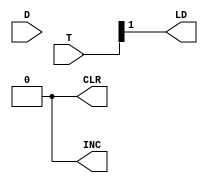
`timescale 1ns / 1ps
//////////////////////////////////////////////////////////////////////////////////
// Company: 
// Engineer: 
// 
// Design Name: 
// Module Name: IR_ARCH
// Project Name: 
// Target Devices: 
// Tool Versions: 
// Description: 
// 
// Dependencies: 
// 
// Revision:
// Revision 0.01 - File Created
// Additional Comments:
// 
//////////////////////////////////////////////////////////////////////////////////


module IR_ARCH(LD, CLR, INC, T, D);
 input [7:0]  T;
 input [7:0] D;
 output LD, CLR, INC;
 assign LD = T[1];
 assign CLR =0;
 assign INC =0;
endmodule